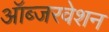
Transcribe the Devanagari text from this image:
ऑब्जरवेशन